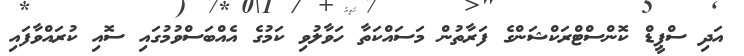
އަދި ސްޕީޑް ކޮންސްޓްރަކްޝަންގެ ފަރާތުން މަސައްކަތާ ހަވާލުވި ކަމުގެ އެއްބަސްވުމުގައި ސޮއި ކުރައްވާފައި